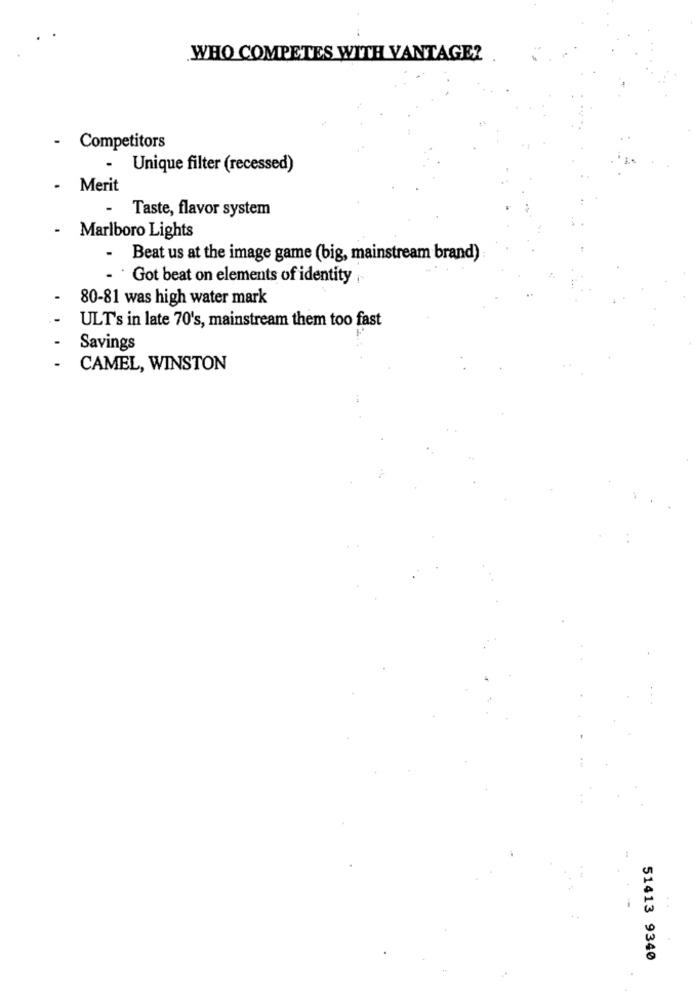
WHO COMPETES WITH VANTAGE?
- Competitors
Unique filter (recessed)
- Merit
-
Taste, flavor system
.
Marlboro Lights
.
Beat us at the image game (big, mainstream brand)
- Got beat on elements of identity
80-81 was high water mark
ULT's in late 70's, mainstream them too fast
Savings
CAMEL, WINSTON
51413 9340